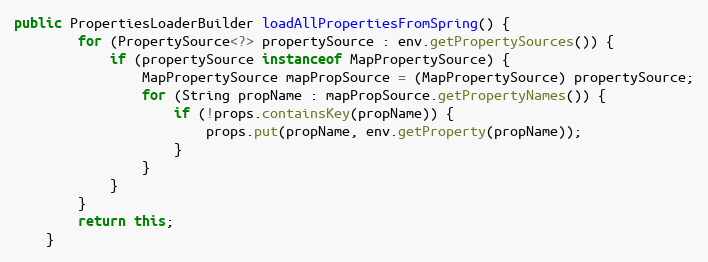
Language: Java
public PropertiesLoaderBuilder loadAllPropertiesFromSpring() {
        for (PropertySource<?> propertySource : env.getPropertySources()) {
            if (propertySource instanceof MapPropertySource) {
                MapPropertySource mapPropSource = (MapPropertySource) propertySource;
                for (String propName : mapPropSource.getPropertyNames()) {
                    if (!props.containsKey(propName)) {
                        props.put(propName, env.getProperty(propName));
                    }
                }
            }
        }
        return this;
    }